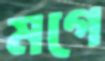
মগে